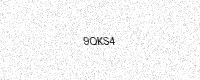
Text: 9QKS4